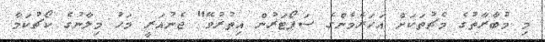
މި މުބާރާތުގެ މެޗުތަކަށް އަހަރެމެންގެ ސަޕޯޓަރުން އިތުރުވޭ" ޖެނުއަރީ މަހު މިލާނުގެ ކޯޗުކަމާ